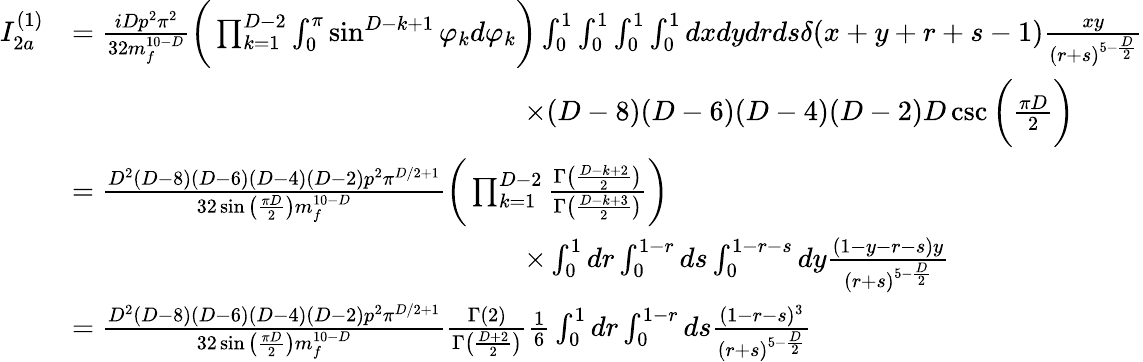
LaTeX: \begin{array}{rl}{I_{2a}^{(1)}}&{=\frac{iDp^{2}\pi^{2}}{32m_{f}^{10-D}}\bigg(\prod_{k=1}^{D-2}\int_{0}^{\pi}\sin^{D-k+1}\varphi_{k}d\varphi_{k}\bigg)\int_{0}^{1}\int_{0}^{1}\int_{0}^{1}\int_{0}^{1}dxdydrds\delta(x+y+r+s-1)\frac{xy}{(r+s)^{5-\frac{D}{2}}}}\\ &{\quad\quad\quad\quad\quad\quad\quad\quad\quad\quad\quad\quad\quad\quad\quad\quad\times(D-8)(D-6)(D-4)(D-2)D\csc\bigg(\frac{\pi D}{2}\bigg)}\\ &{=\frac{D^{2}(D-8)(D-6)(D-4)(D-2)p^{2}\pi^{D/2+1}}{32\sin\big(\frac{\pi D}{2}\big)m_{f}^{10-D}}\bigg(\prod_{k=1}^{D-2}\frac{\Gamma\big(\frac{D-k+2}{2}\big)}{\Gamma\big(\frac{D-k+3}{2}\big)}\bigg)}\\ &{\quad\quad\quad\quad\quad\quad\quad\quad\quad\quad\quad\quad\quad\quad\quad\quad\times\int_{0}^{1}dr\int_{0}^{1-r}ds\int_{0}^{1-r-s}dy\frac{(1-y-r-s)y}{(r+s)^{5-\frac{D}{2}}}}\\ &{=\frac{D^{2}(D-8)(D-6)(D-4)(D-2)p^{2}\pi^{D/2+1}}{32\sin\big(\frac{\pi D}{2}\big)m_{f}^{10-D}}\frac{\Gamma(2)}{\Gamma\big(\frac{D+2}{2}\big)}\frac{1}{6}\int_{0}^{1}dr\int_{0}^{1-r}ds\frac{(1-r-s)^{3}}{(r+s)^{5-\frac{D}{2}}}}\end{array}